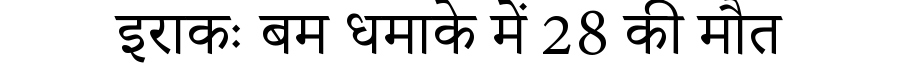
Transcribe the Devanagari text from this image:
इराकः बम धमाके में 28 की मौत